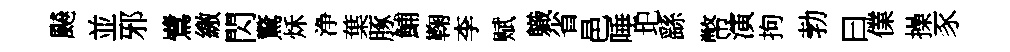
飇並邪鷺繳閃驚秌浄葉䐁鯆鞠李赋軄省邑唾圯繇幣演拘勃曰㒒操豕